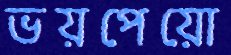
ভয়পেয়ো